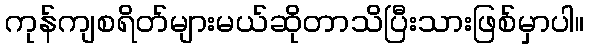
ကုန်ကျစရိတ်များမယ်ဆိုတာသိပြီးသားဖြစ်မှာပါ။